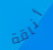
أناقة